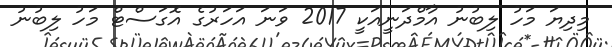
މިދިޔަ މަހު ލިބުނު އާމްދަނީއަކީ 2017 ވަނަ އަހަރުގެ އޮގަސްޓް މަހު ލިބުނު